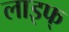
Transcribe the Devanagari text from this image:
लाइफ्